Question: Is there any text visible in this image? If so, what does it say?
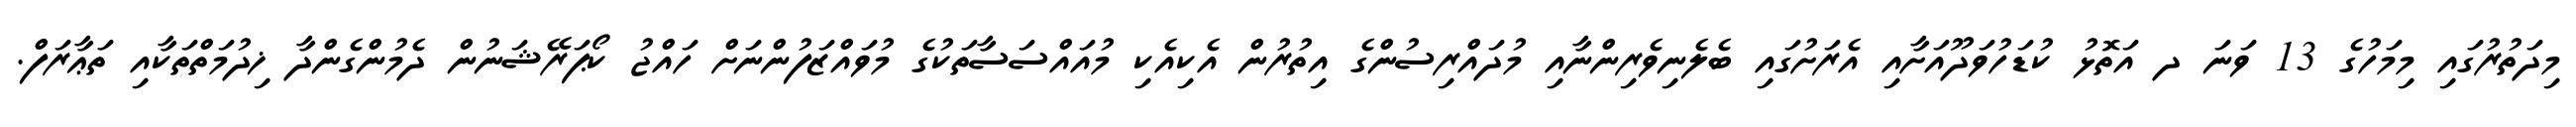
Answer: މިދަތުރުގައި މިމަހުގެ 13 ވަނަ ދ އަތޮޅު ކުޑަހުވަދޫއަށާއި އެރަށުގައި ބެލެނިވެރިންނާއި މުދައްރިސުންގެ އިތުރުން އެކިއެކި މުއައްސަސާތަކުގެ މުވައްޒަފުންނަށް ހައްޖު ކޯޕަރޭޝަނުން ދެމުންގެންދާ ޚިދުމަތްތަކާއި ތަޢާރަފް.